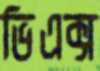
ভিএক্স